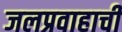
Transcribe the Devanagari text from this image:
जलप्रवाहाची